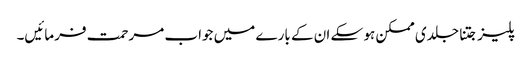
پلیز جتنا جلدی ممکن ہو سکے ان کے بارے میں جواب مرحمت فرمائیں۔